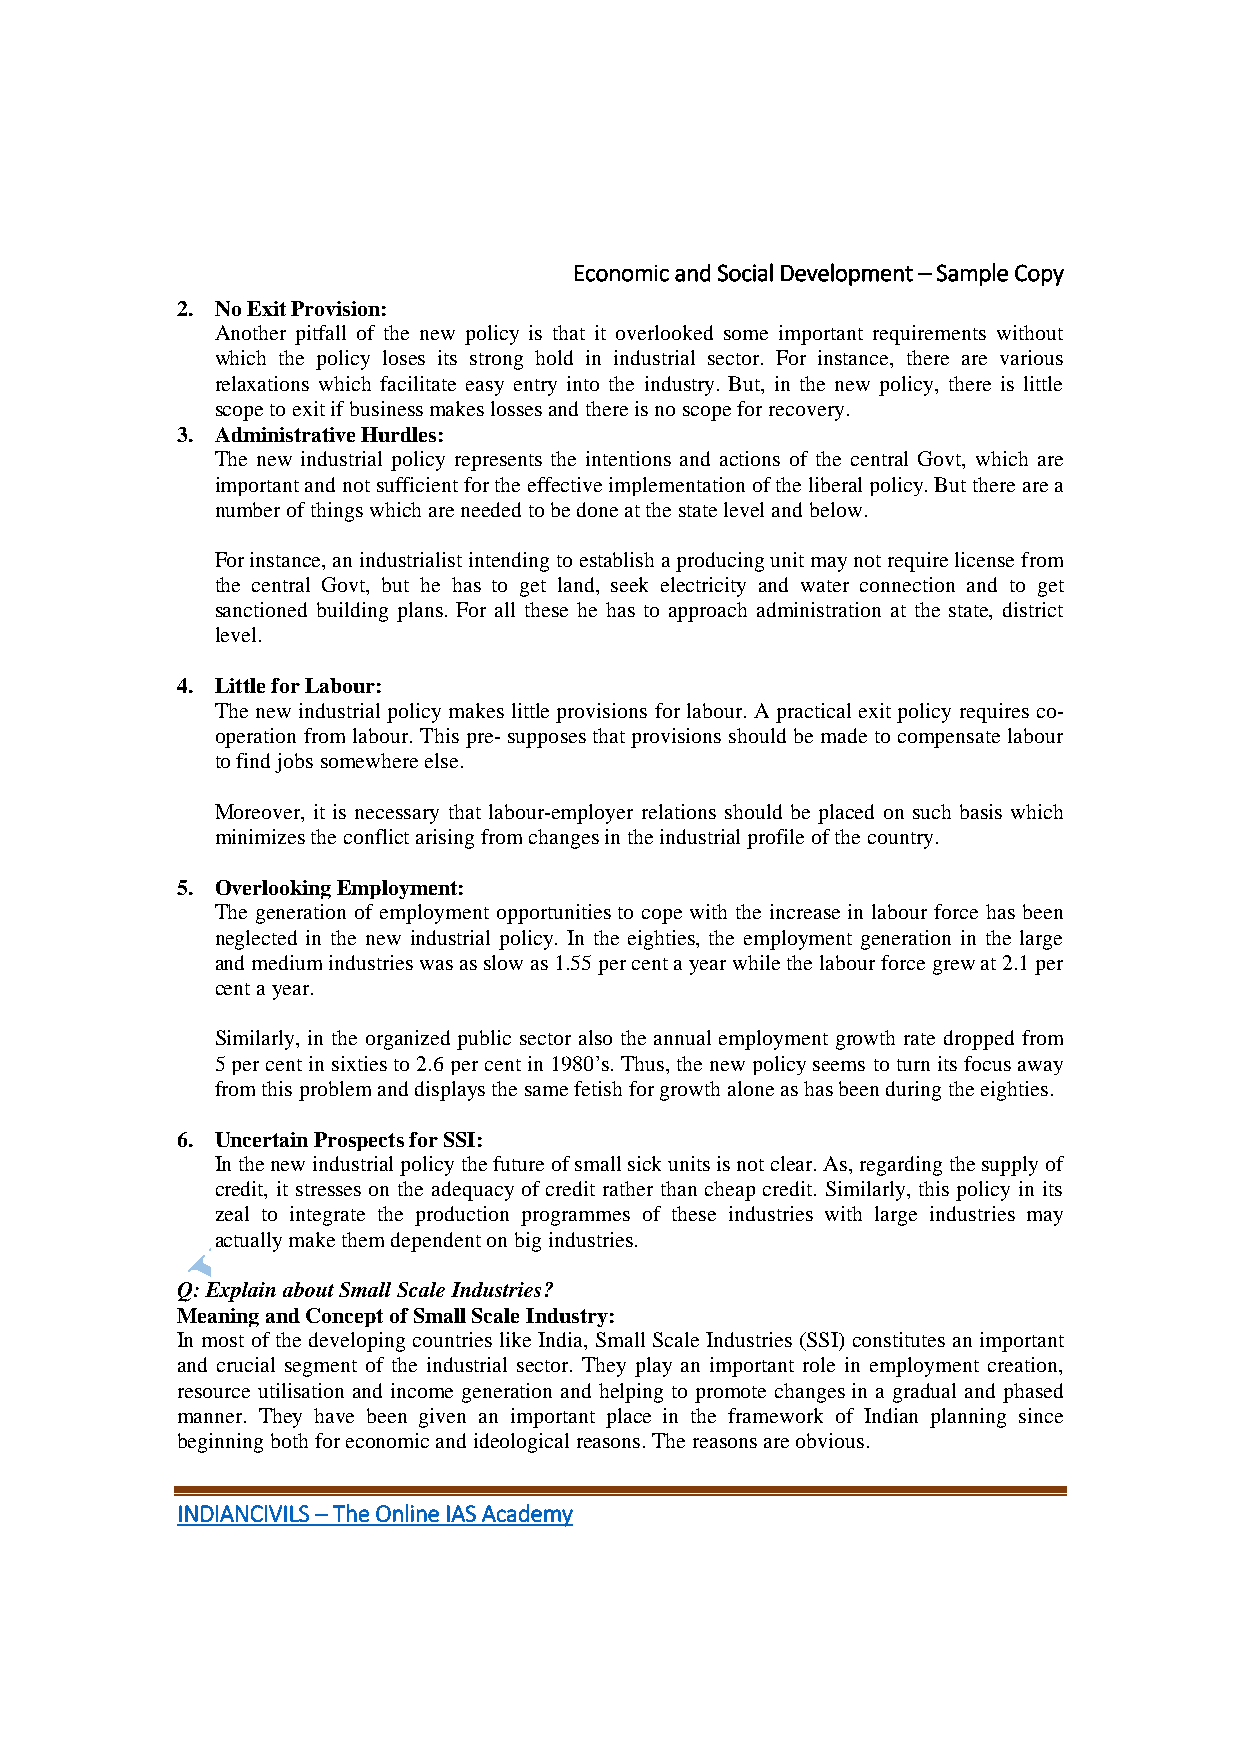
Economic and Social Development – Sample Copy
 2. No Exit Provision:
 Another pitfall of the new policy is that it overlooked some important requirements without
 which the policy loses its strong hold in industrial sector. For instance, there are various
 relaxations which facilitate easy entry into the industry. But, in the new policy, there is little
 scope to exit if business makes losses and there is no scope for recovery.
 3. Administrative Hurdles:
 The new industrial policy represents the intentions and actions of the central Govt, which are
 important and not sufficient for the effective implementation of the liberal policy. But there are a
 number of things which are needed to be done at the state level and below.
 For instance, an industrialist intending to establish a producing unit may not require license from
 the central Govt, but he has to get land, seek electricity and water connection and to get
 sanctioned building plans. For all these he has to approach administration at the state, district
 level.
 4. Little for Labour:
 The new industrial policy makes little provisions for labour. A practical exit policy requires co-
 operation from labour. This pre- supposes that provisions should be made to compensate labour
 to find jobs somewhere else.
 Moreover, it is necessary that labour-employer relations should be placed on such basis which
 minimizes the conflict arising from changes in the industrial profile of the country.
 5. Overlooking Employment:
 The generation of employment opportunities to cope with the increase in labour force has been
 neglected in the new industrial policy. In the eighties, the employment generation in the large
 and medium industries was as slow as 1.55 per cent a year while the labour force grew at 2.1 per
 cent a year.
 Similarly, in the organized public sector also the annual employment growth rate dropped from
 5 per cent in sixties to 2.6 per cent in 1980’s. Thus, the new policy seems to turn its focus away
 from this problem and displays the same fetish for growth alone as has been during the eighties.
 6. Uncertain Prospects for SSI:
 In the new industrial policy the future of small sick units is not clear. As, regarding the supply of
 credit, it stresses on the adequacy of credit rather than cheap credit. Similarly, this policy in its
 zeal to integrate the production programmes of these industries with large industries may
 actually make them dependent on big industries.
 Q: Explain about Small Scale Industries?
 Meaning and Concept of Small Scale Industry:
 In most of the developing countries like India, Small Scale Industries (SSI) constitutes an important
 and crucial segment of the industrial sector. They play an important role in employment creation,
 resource utilisation and income generation and helping to promote changes in a gradual and phased
 manner. They have been given an important place in the framework of Indian planning since
 beginning both for economic and ideological reasons. The reasons are obvious.
 INDIANCIVILS – The Online IAS Academy